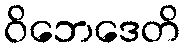
ဝိဘေဒေတိ